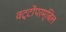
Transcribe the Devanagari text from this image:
वट्टोंपरम्बिल